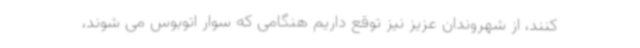
کنند، از شهروندان عزیز نیز توقع داریم هنگامی که سوار اتوبوس می شوند،